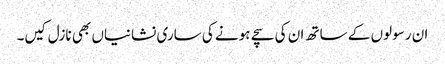
ان رسولوں کے ساتھ ان کی سچے ہونے کی ساری نشانیاں بھی نازل کیں۔